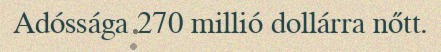
Adóssága 270 millió dollárra nőtt.